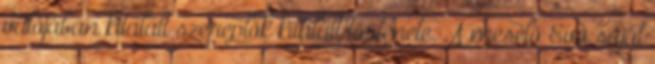
valójában kitalált szereplők kitalált története. A mesélő Eva saját